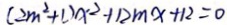
( 2 m ^ { 2 } + 1 ) x ^ { 2 } + 1 2 m x + 1 2 = 0